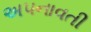
અપનાવતી